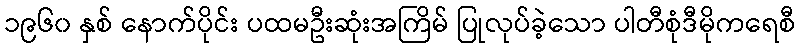
၁၉၆၀ နှစ် နောက်ပိုင်း ပထမဦးဆုံးအကြိမ် ပြုလုပ်ခဲ့သော ပါတီစုံဒီမိုကရေစီ